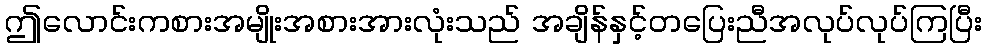
ဤလောင်းကစားအမျိုးအစားအားလုံးသည် အချိန်နှင့်တပြေးညီအလုပ်လုပ်ကြပြီး